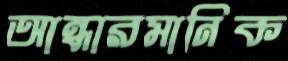
আন্ধারমানিক